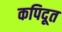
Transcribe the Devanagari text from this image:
कपिदूत